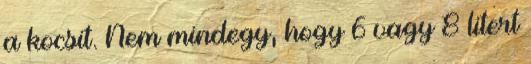
a kocsit. Nem mindegy, hogy 6 vagy 8 litert